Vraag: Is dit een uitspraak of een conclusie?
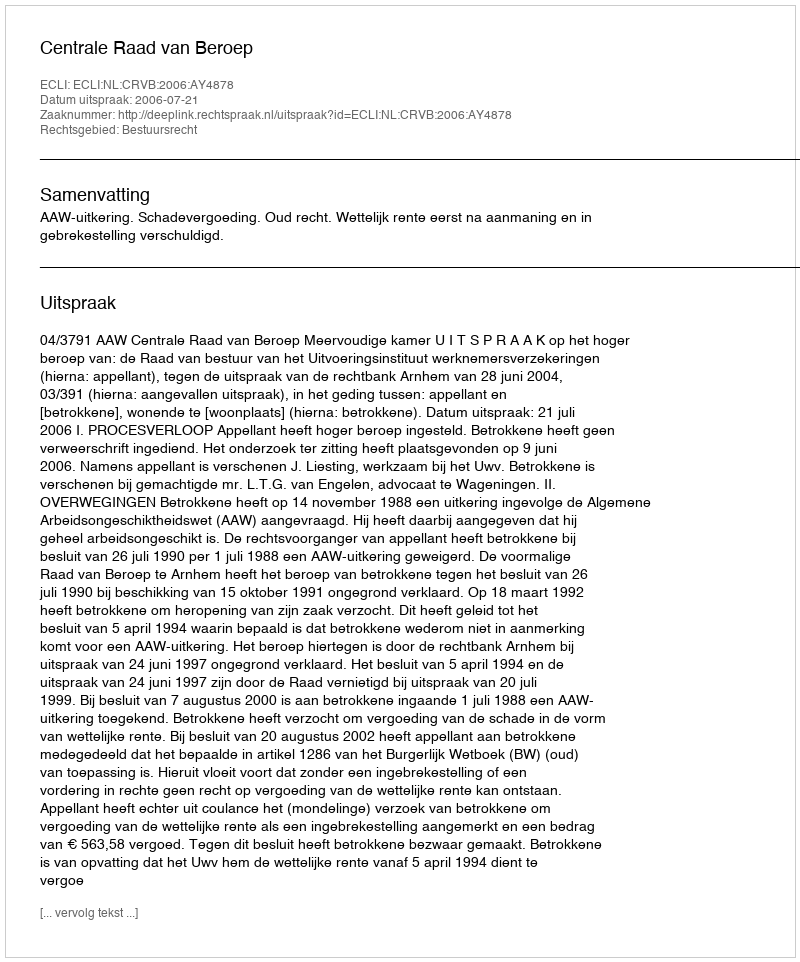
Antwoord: Uitspraak